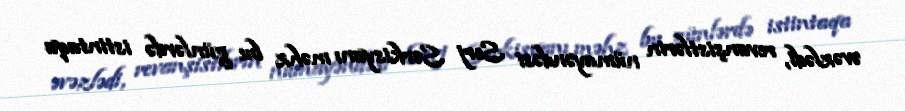
əvəzlədi, revanşistlərin nümayəndəsi Serj Sərkisyanı məhz bu günlərdə istintaqa